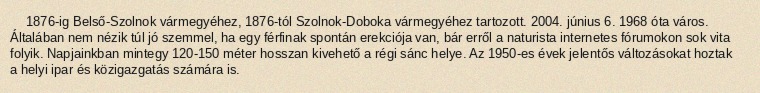
1876-ig Belső-Szolnok vármegyéhez, 1876-tól Szolnok-Doboka vármegyéhez tartozott. 2004. június 6. 1968 óta város. Általában nem nézik túl jó szemmel, ha egy férfinak spontán erekciója van, bár erről a naturista internetes fórumokon sok vita folyik. Napjainkban mintegy 120-150 méter hosszan kivehető a régi sánc helye. Az 1950-es évek jelentős változásokat hoztak a helyi ipar és közigazgatás számára is.